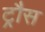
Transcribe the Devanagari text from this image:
ट्रौस